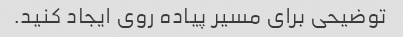
توضیحی برای مسیر پیاده روی ایجاد کنید.